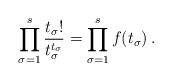
\begin{align*}\prod_{\sigma = 1}^s \frac{t_\sigma!}{t_\sigma^{t_\sigma}} = \prod_{\sigma = 1}^s f(t_{\sigma})\,.\end{align*}